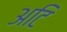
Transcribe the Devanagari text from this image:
अटि